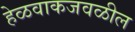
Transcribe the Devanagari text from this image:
हेळवाकजवळील